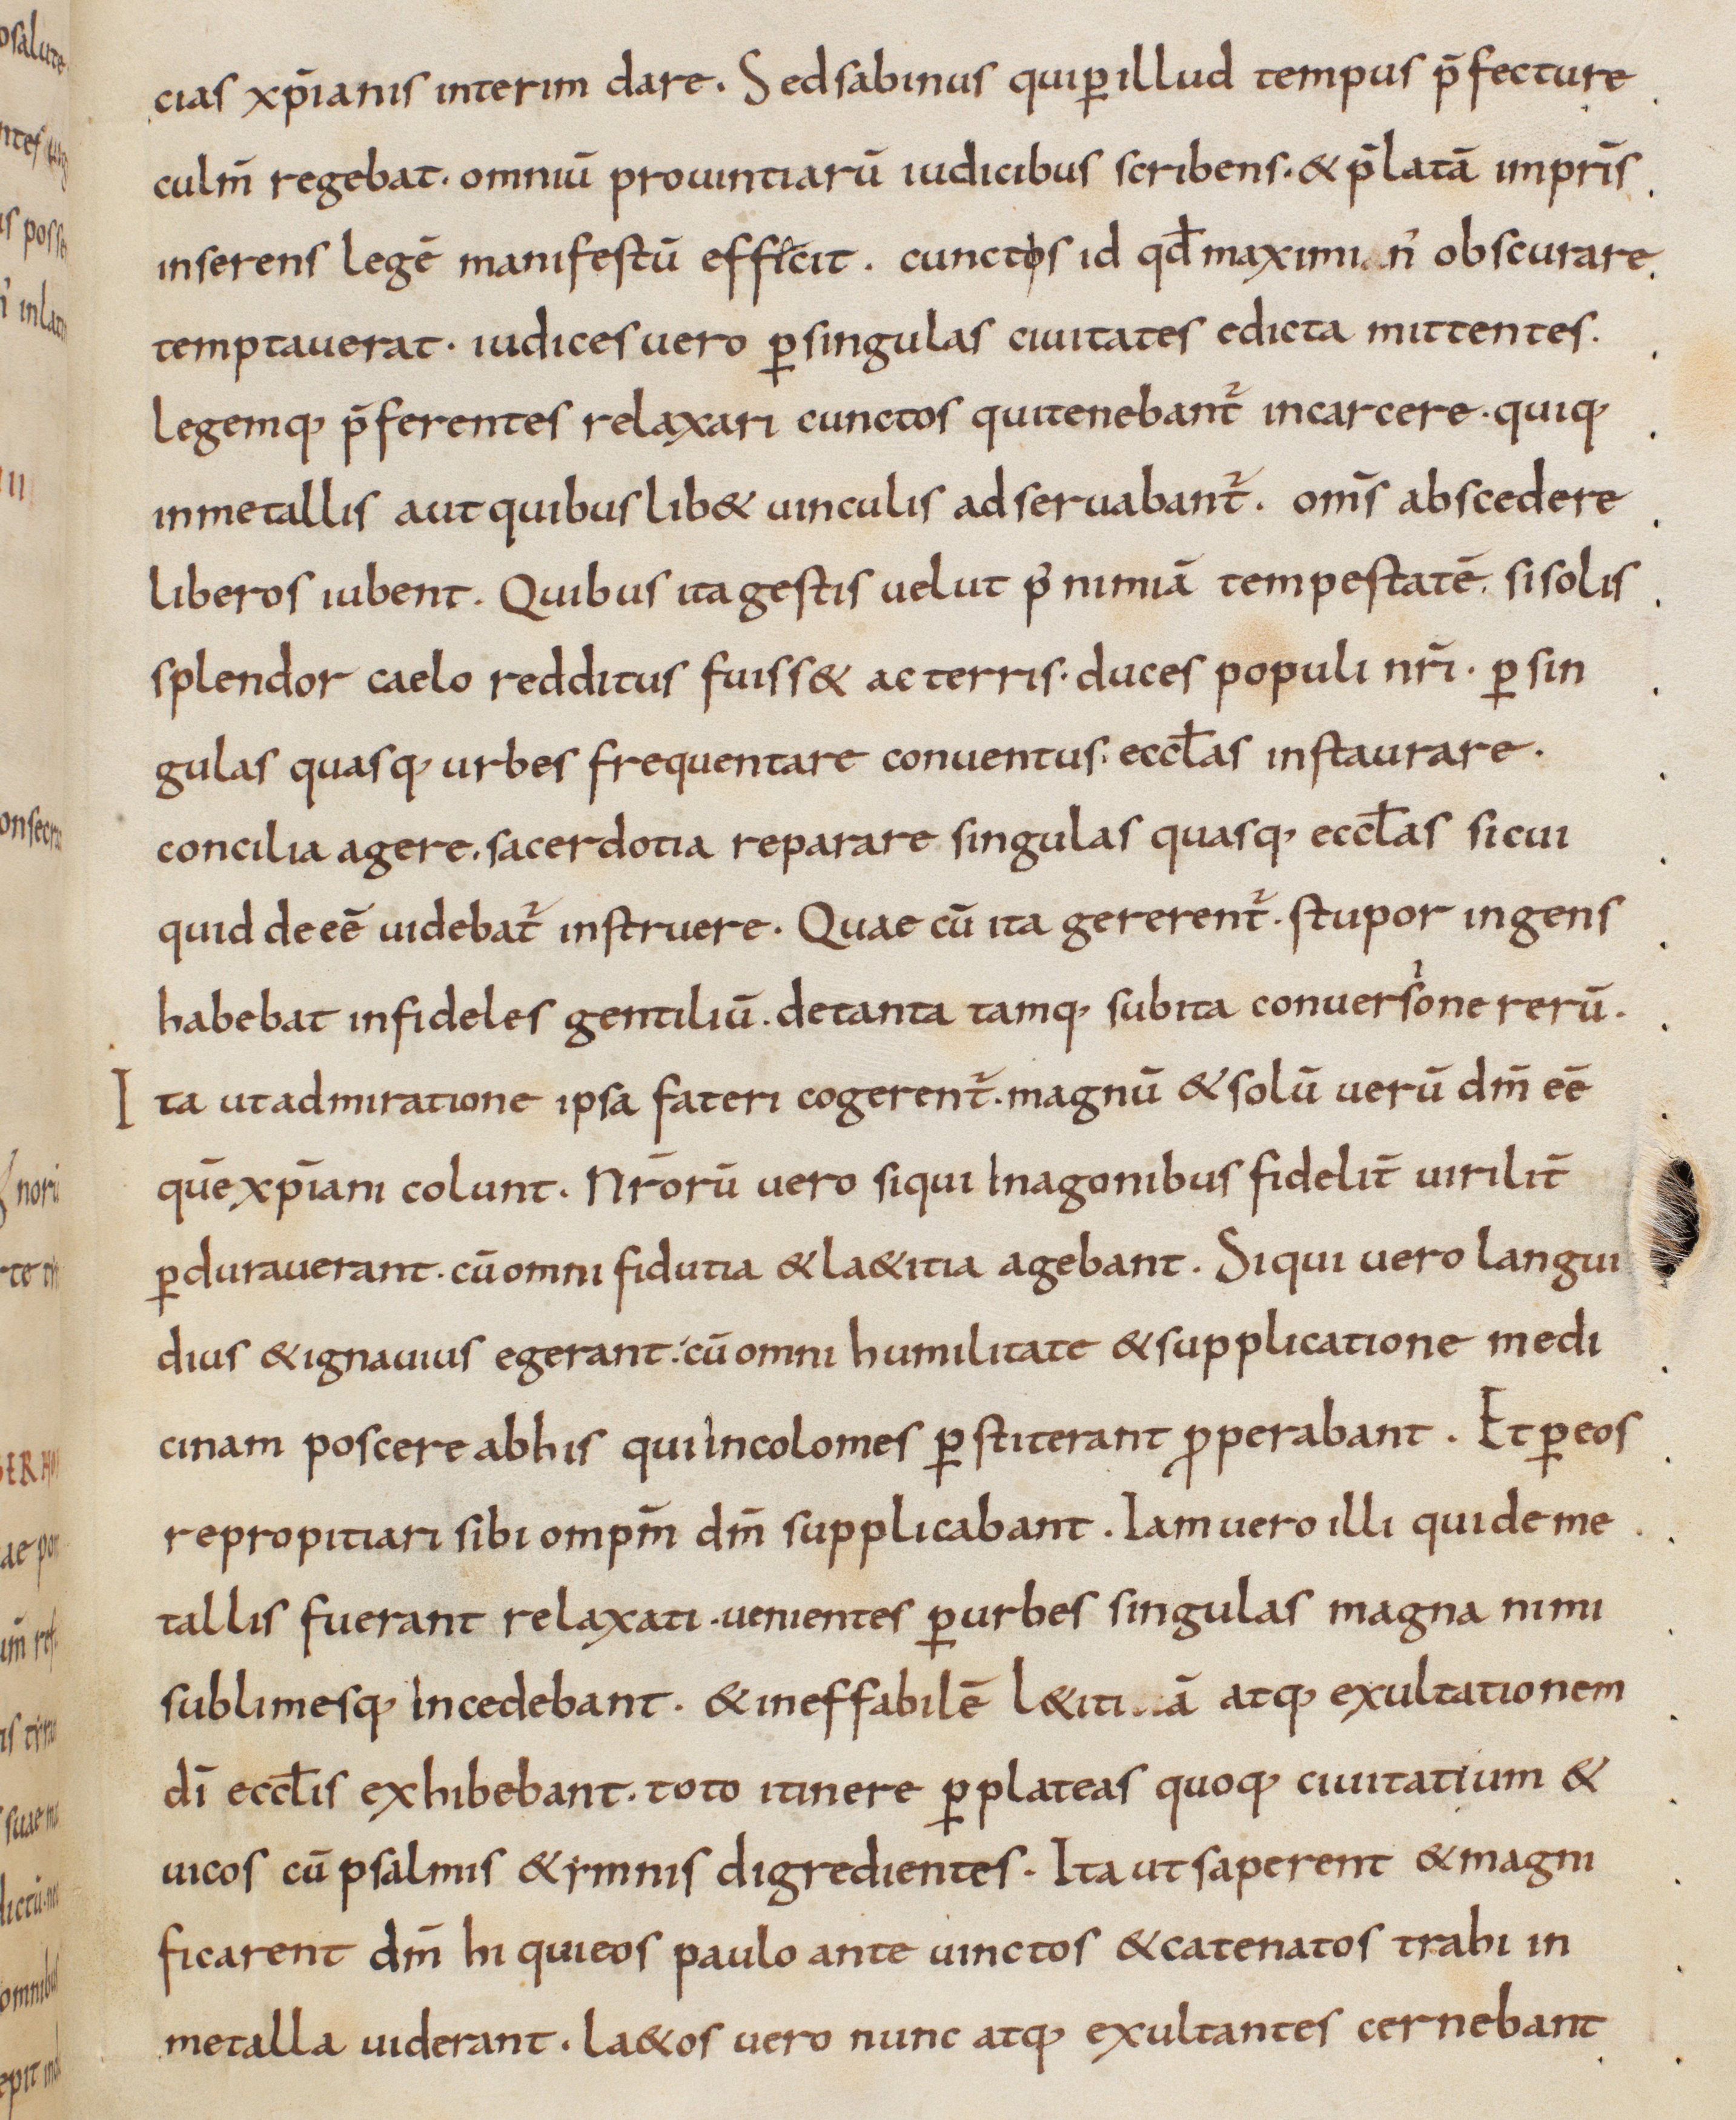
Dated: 833–865